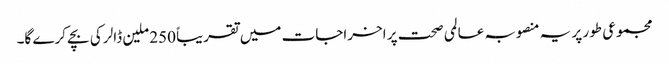
مجموعی طور پر یہ منصوبہ عالمی صحت پر اخراجات میں تقریباً 250 ملین ڈالر کی بچے کرے گا۔